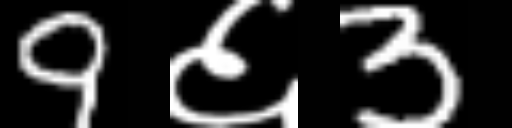
Text: 9६3